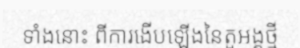
ទាំងនោះ ពីការងើបឡើងនៃតួអង្គថ្មី